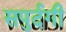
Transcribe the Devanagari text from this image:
सपुर्दगी